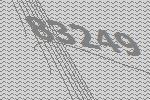
83249